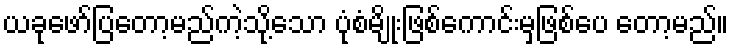
ယခုဖော်ပြတော့မည်ကဲ့သို့သော ပုံစံမျိုးဖြစ်ကောင်းမှဖြစ်ပေ တော့မည်။